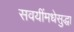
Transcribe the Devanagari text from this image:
सवयींमधेसुद्धा